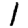
Digit: 1